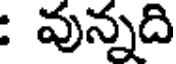
: వున్నది